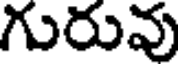
గురువు